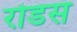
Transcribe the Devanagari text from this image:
रोडस